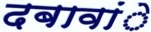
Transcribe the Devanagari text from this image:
दबावांे